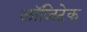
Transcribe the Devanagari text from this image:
लॉजिटेक